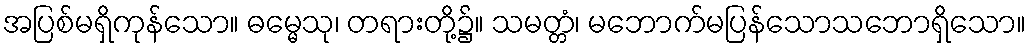
အပြစ်မရှိကုန်သော။ ဓမ္မေသု၊ တရားတို့၌။ သမတ္တံ၊ မဘောက်မပြန်သောသဘောရှိသော။